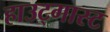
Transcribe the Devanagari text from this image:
हाउट्गास्ट